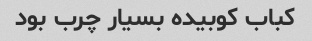
کباب کوبیده بسیار چرب بود